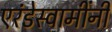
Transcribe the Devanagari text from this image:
एरंडेस्वामींनी